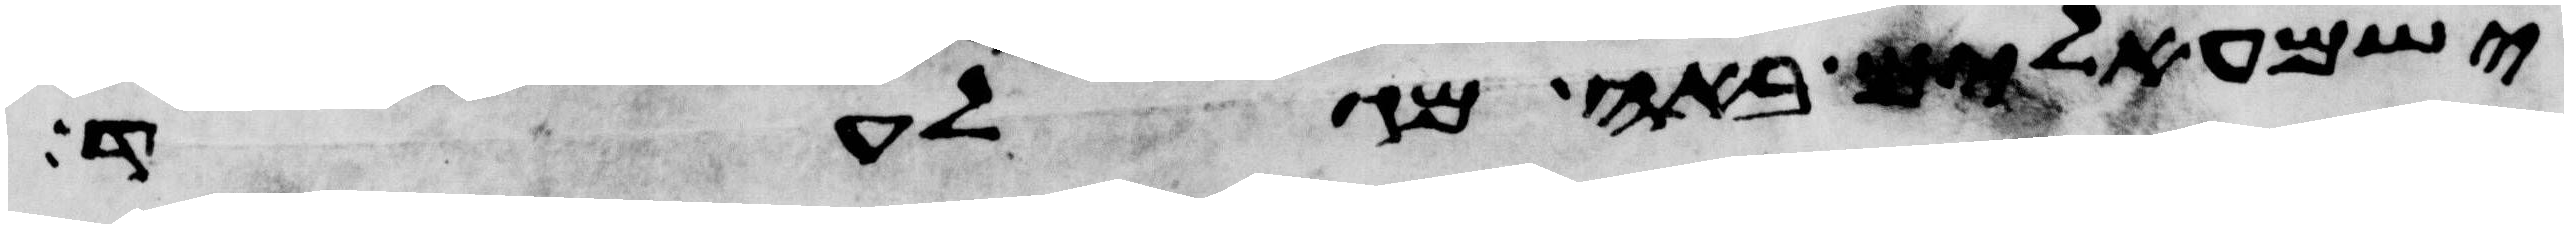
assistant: ישמעאלים באה מגלעד